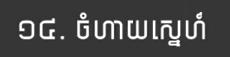
១៤. ចំហាយស្នេហ៍